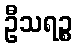
ဦသရဉ္စ